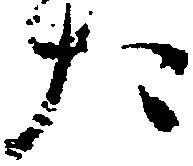
た